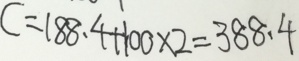
C = 1 8 8 . 4 + 1 0 0 \times 2 = 3 8 8 . 4